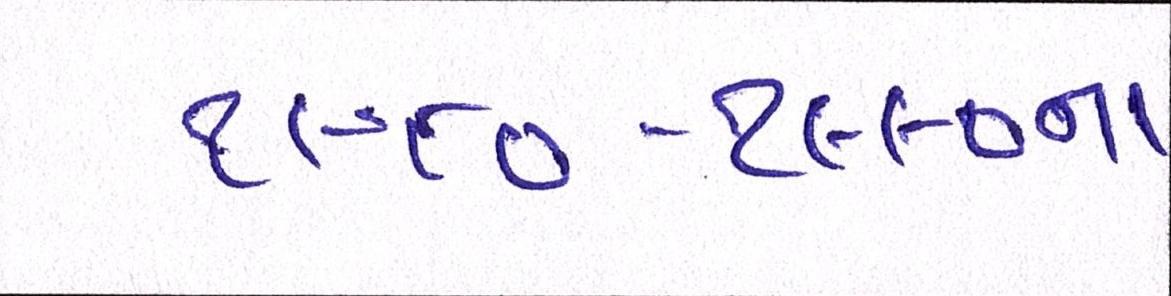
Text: ૧૯૮૦-૧૯૯૦ના